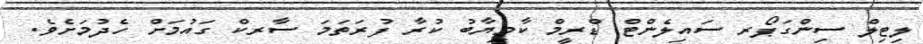
ލިޓިލް ސިންގަޕޯރ ސައިލެންޓް ޑްރީމް ކާމިޔާބު ކުރާ ފުރަތަމަ ސާރކް ގައުމަށް ހެދުމަށެވެ.